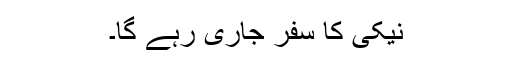
نیکی کا سفر جاری رہے گا۔